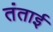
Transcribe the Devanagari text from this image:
तंताई